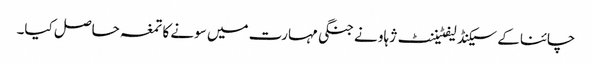
چائنا کے سیکنڈ لیفٹیننٹ ژہاو نے جنگی مہارت میں سونے کا تمغہ حاصل کیا۔